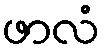
ဖာလံ